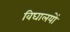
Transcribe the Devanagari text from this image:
विघालयों